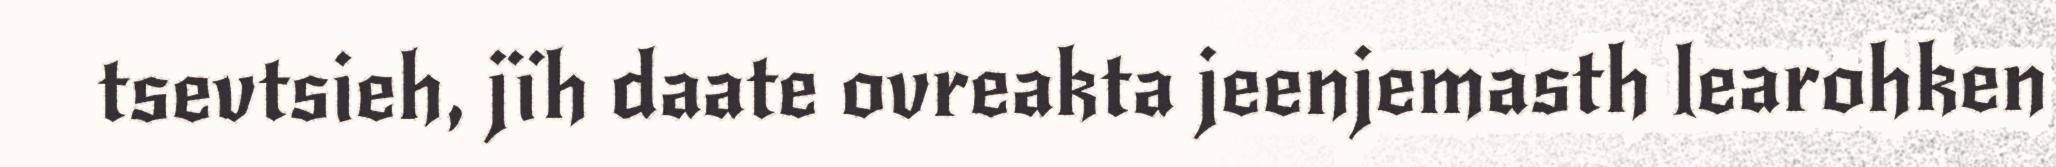
tsevtsieh, jïh daate ovreakta jeenjemasth learohken